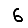
Digit: 6